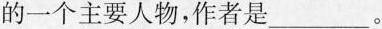
的一个主要人物，作者是___。